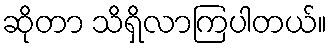
ဆိုတာ သိရှိလာကြပါတယ်။